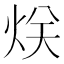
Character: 烪